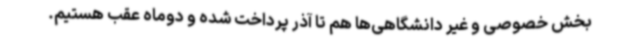
بخش خصوصی و غیر دانشگاهی‌ها هم تا آذر پرداخت شده و دوماه عقب هستیم.